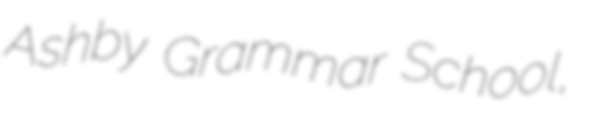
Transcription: Ashby Grammar School,